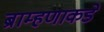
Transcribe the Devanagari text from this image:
ब्राम्हणाकडे